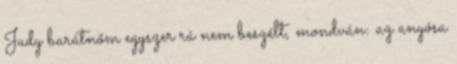
Judy barátnőm egyszer rá nem beszélt, mondván: az anyósa